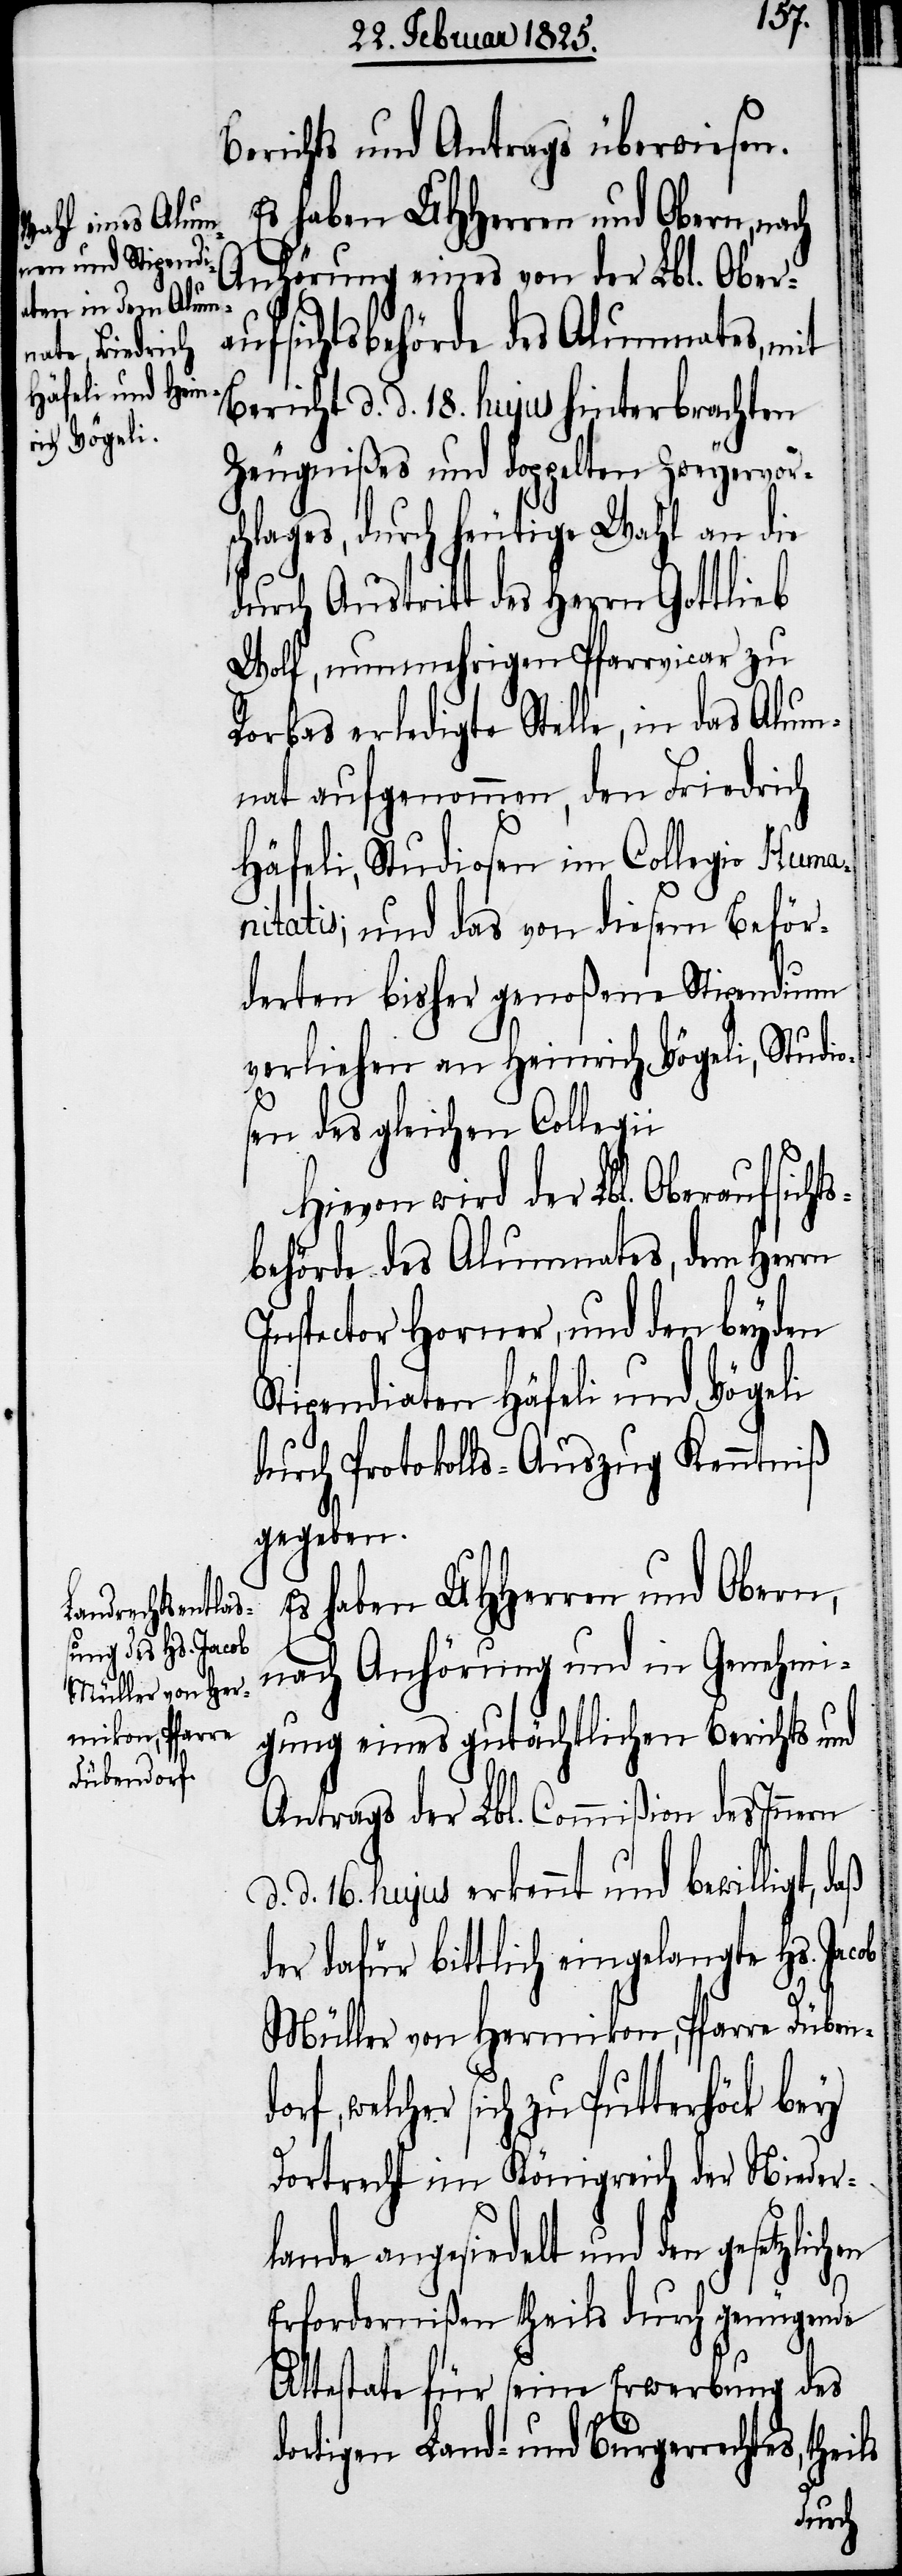
Müller von Her¬
mikon, Pfarre
Dübendor¬

Berichts und Antrags überwiesen.
Anhörung eines von der Lbl. Ober¬
aufsichtsbehörde des Alumnates, mit
Bericht d. d. 18. hujus hinterbrachten
Zeugnißes und doppelten Zweyervors¬
chlages, durch heutige Wahl an die
durch Austritt des Herrn Gottlieb
Wolf, nunmehrigen Pfarrvicar zu
Rorbas erledigte Stelle, in das Alum¬
nat aufgenommen, den Friedrich
Häfeli, Studiosen im Collegio Huma¬
nitatis; und das von diesem Beför¬
derten bisher genoßene Stipendium
verliehen an Heinrich Vögeli, Studio¬
sen des gleichen Collegii
Hievon wird der Lbl. Oberaufsicht¬
sbehörde des Alumnates, dem Herrn
Inspector Horner, und den beyden
Stipendiaten Häfeli und Vögeli
durch Protokolls-Auszug Kenntniß
gegeben.
Es haben UHHerren und Obern,
nach Anhörung und in Genehmi¬
gung eines gutächtlichen Berichts und
Antrags der Lbl. Commißion des Innern
d. 16. hujus erkennt und bewilligt, daß
der dafür bittlich eingelangte Hs.
f, welcher sich zu Putterhöck bey
Dortrecht im Königreich der Nieder¬
lande angesiedelt und den
Erfordernißen theils durch genügende
Attestate für seine Erwerbung des
dortigen Land- und Bürgerrechtes,